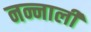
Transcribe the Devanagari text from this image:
नन्नाली